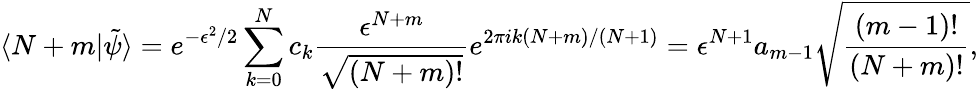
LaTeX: \langle N+m|\tilde{\psi}\rangle=e^{-\epsilon^{2}/2}\sum_{k=0}^{N}c_{k}\frac{\epsilon^{N+m}}{\sqrt{(N+m)!}}e^{2\pi ik(N+m)/(N+1)}=\epsilon^{N+1}a_{m-1}\sqrt{\frac{(m-1)!}{{(N+m)!}}},